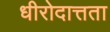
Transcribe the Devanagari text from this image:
धीरोदात्तता